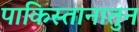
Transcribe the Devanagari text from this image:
पाकिस्तानातुन